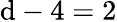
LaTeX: \mathrm{d}-4=2